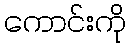
ကောင်းကို